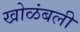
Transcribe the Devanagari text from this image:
खोळंबली